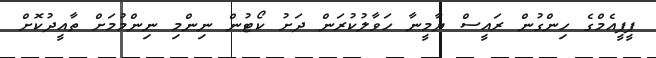
ޕީޕީއެމްގެ ހިންގުން ރައީސް ޔާމީނާ ހަވާލުކުރަން ދަށު ކޯޓުން ނިންމި ނިންމުމަށް ތާއީދުކޮށް